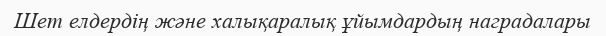
Шет елдердің және халықаралық ұйымдардың наградалары